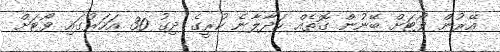
އޭރުން ވޯޓަށް ބޭނުން ގޮތެއް ހަދާލާނެ ކުރީގެ ދިގު 30 އަހަރުގައި ވޯޓަށް